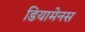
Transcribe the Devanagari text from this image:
डियामेनस